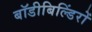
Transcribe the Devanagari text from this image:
बॉडीबिल्डिंरों